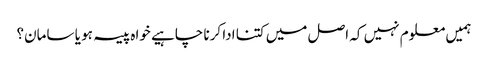
ہمیں معلوم نہیں کہ اصل میں کتنا ادا کرنا چاہیے خواہ پیسہ ہو یا سامان؟